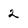
Character: 2